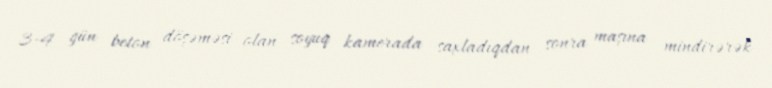
3-4 gün beton döşəməsi olan soyuq kamerada saxladıqdan sonra maşına mindirərək